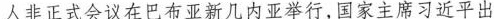
人非正式会议在巴布亚新几内亚举行，国家主席习近平出